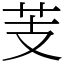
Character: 芰